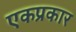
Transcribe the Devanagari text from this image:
एकप्रकार